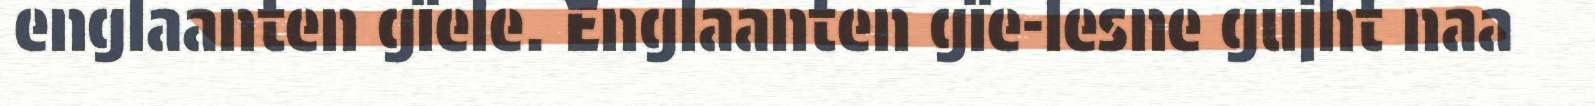
englaanten gïele. Englaanten gïe-lesne gujht naa